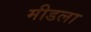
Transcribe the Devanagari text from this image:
मीडला